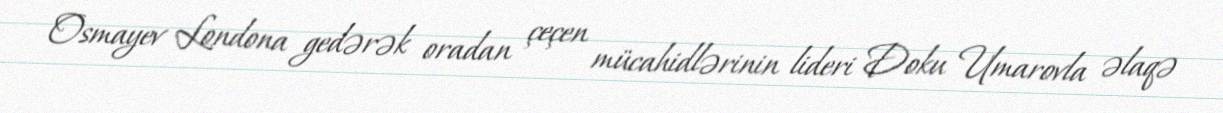
Osmayev Londona gedərək oradan çeçen mücahidlərinin lideri Doku Umarovla əlaqə